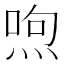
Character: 喣